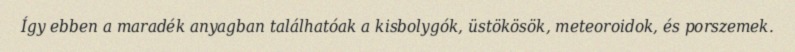
Így ebben a maradék anyagban találhatóak a kisbolygók, üstökösök, meteoroidok, és porszemek.